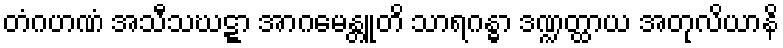
တံဂဟဏံ အသီသဃဋ္ဋာ အာဂမေန္တူတိ သာရဂန္ဓာ ဒဏ္ဍတ္ထာယ အတုလိယာနိ